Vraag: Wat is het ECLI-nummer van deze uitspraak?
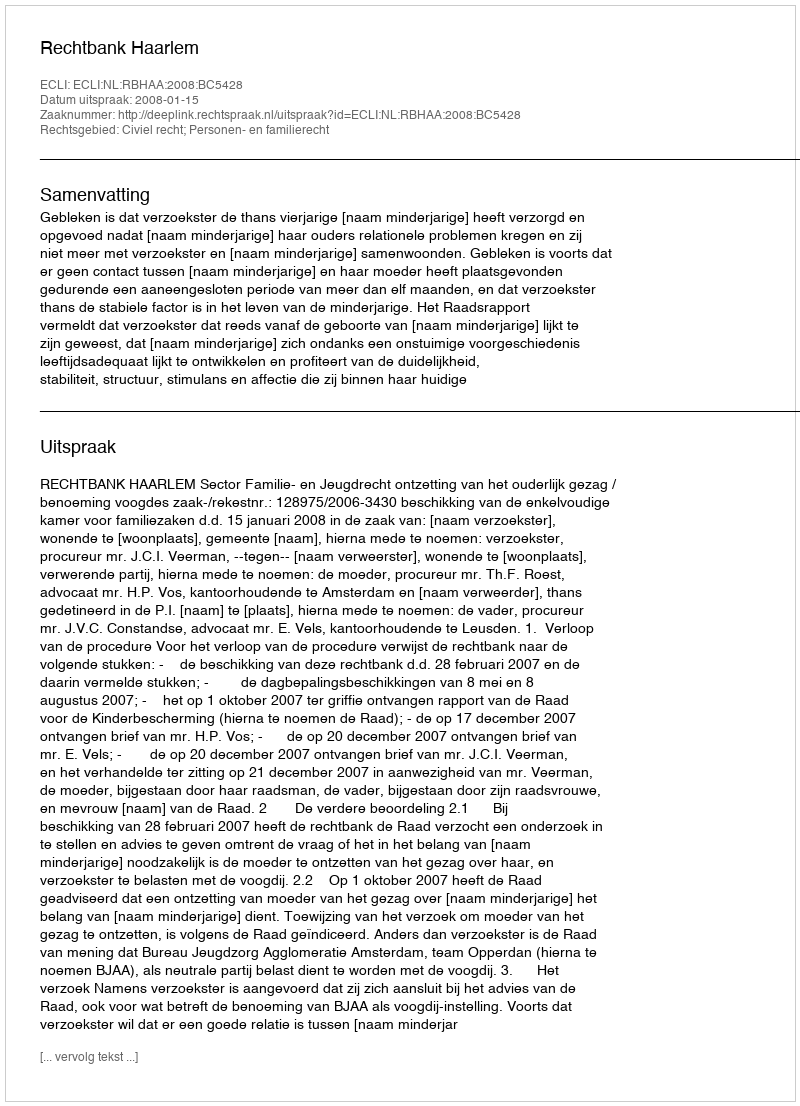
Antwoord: ECLI:NL:RBHAA:2008:BC5428